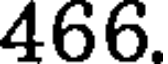
466.